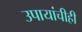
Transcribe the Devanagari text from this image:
उपायांचीही